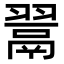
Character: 𮋎